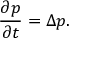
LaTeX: { \frac { \partial p } { \partial t } } = \Delta p .